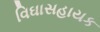
વિઘાસહાયક